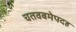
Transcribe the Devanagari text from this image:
चतवबमेपदह